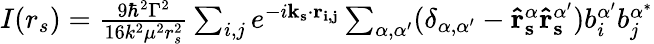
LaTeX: \begin{array}{r}{I(r_{s})=\frac{9\hbar^{2}\Gamma^{2}}{16k^{2}\mu^{2}r_{s}^{2}}\sum_{i,j}e^{-i\mathbf{k_{s}}\cdot\mathbf{r_{i,j}}}\sum_{\alpha,\alpha^{\prime}}(\delta_{\alpha,\alpha^{\prime}}-\mathbf{\hat{r}_{s}^{\alpha}\hat{r}_{s}^{\alpha^{\prime}}})b_{i}^{\alpha^{\prime}}b_{j}^{\alpha^{*}}}\end{array}